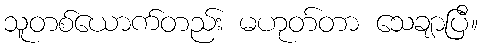
သူတစ်ယောက်တည်း မဟုတ်တာ သေချာပြီ။